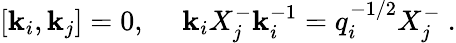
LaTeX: [\mathbf{k}_{i},\mathbf{k}_{j}]=0,~~~~~\mathbf{k}_{i}X_{j}^{-}\mathbf{k}_{i}^{-1}=q_{i}^{-1/2}X_{j}^{-}~.